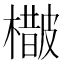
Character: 𣛵